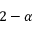
2 - \alpha